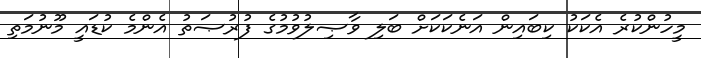
މީހުންކުރެ އެކަކު ކިބައިން އަނެކަކަށް ބަލި ވާޞިލުވުމުގެ ފުރުޞަތު އެންމެ ކުޑައީ މޫނުމަތި